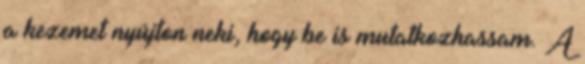
a kezemet nyújton neki, hogy be is mutatkozhassam. A